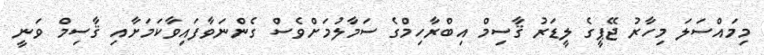
މިމައްސަލަ މިހާރު ޖޭޕީގެ ލީޑަރު ޤާސިމް އިބްރާހިމްގެ ސަމާލުމަށްވެސް ގެންނަވާފައިވާކަމަށާއި ޤާސިމް ވަނީ